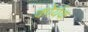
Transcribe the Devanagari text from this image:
कोर्यक